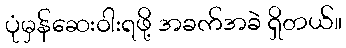
ပုံမှန်ဆေးဝါးရဖို့ အခက်အခဲ ရှိတယ်။